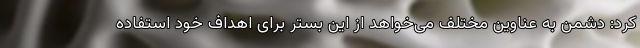
کرد: دشمن به عناوین مختلف می‌خواهد از این بستر برای اهداف خود استفاده